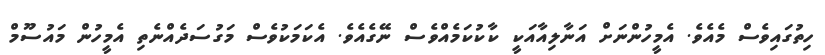
ހިތުގައިވެސް މެއެވެ. އެމީހުންނަށް އަނާލިއާއަކީ ކާކުކަމެއްވެސް ނޭގެއެވެ. އެކަމަކުވެސް މަގުސަދެއްނެތި އެމީހުން މައުސޫމް